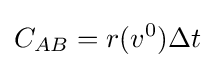
C_{AB}=r(v^{0})\Delta {t}